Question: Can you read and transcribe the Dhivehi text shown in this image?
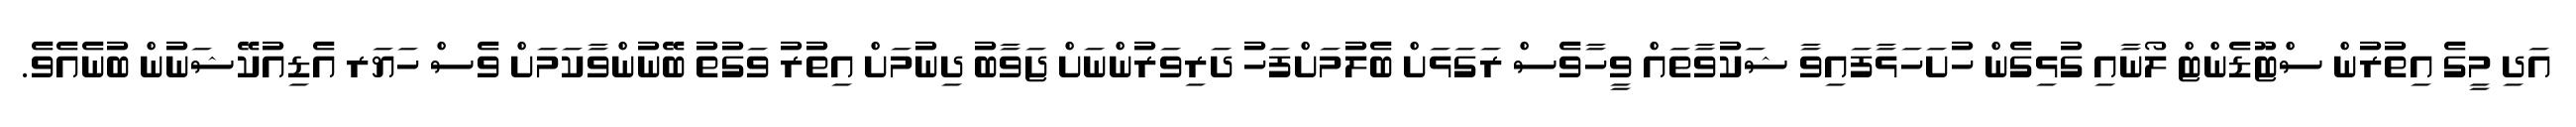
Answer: އަދި މީގެ އިތުރުން ސްޓޫޑެންޓް ލޯނާއި ގުޅިގެން ހުށަހަޅާފައިވާ ޝަކުވާތައް ވީހާވެސް ރަގަޅަށް ބެލުމަށްފަހު ދަރިވަރުންނަށް ޖަވާބު ދިނުމަށް އިތުރު ވަގުތު ބޭނުންވާކަމަށް ވެސް ހަޔަރ އެޑިއުކޭޝަނުން ބުނެއެވެ.